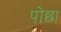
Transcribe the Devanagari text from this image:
पोछा